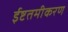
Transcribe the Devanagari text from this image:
ईष्टतमीकरण